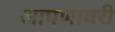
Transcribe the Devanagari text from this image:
आपणावरी